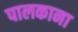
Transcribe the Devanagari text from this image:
पालकाना